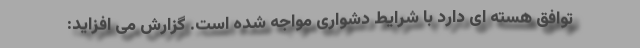
توافق هسته ای دارد با شرایط دشواری مواجه شده است. گزارش می افزاید: